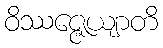
ဝိဿဇ္ဇေယျာတိ